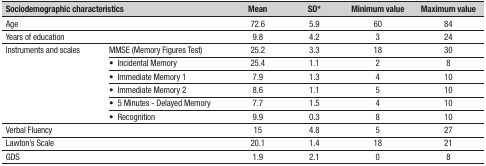
<table><thead><tr><td colspan="2"><b>Sociodemographic characteristics</b></td><td><b>Mean</b></td><td><b>SD*</b></td><td><b>Minimum value</b></td><td><b>Maximum value</b></td></tr></thead><tbody><tr><td>Age</td><td> </td><td>72.6</td><td>5.9</td><td>60</td><td>84</td></tr><tr><td>Years of education</td><td> </td><td>9.8</td><td>4.2</td><td>3</td><td>24</td></tr><tr><td rowspan="6">Instruments and scales</td><td>MMSE (Memory Figures Test)</td><td>25.2</td><td>3.3</td><td>18</td><td>30</td></tr><tr><td>• Incidental Memory</td><td>25.4</td><td>1.1</td><td>2</td><td>8</td></tr><tr><td>• Immediate Memory 1</td><td>7.9</td><td>1.3</td><td>4</td><td>10</td></tr><tr><td>• Immediate Memory 2</td><td>8.6</td><td>1.1</td><td>5</td><td>10</td></tr><tr><td>• 5 Minutes - Delayed Memory</td><td>7.7</td><td>1.5</td><td>4</td><td>10</td></tr><tr><td>• Recognition</td><td>9.9</td><td>0.3</td><td>8</td><td>10</td></tr><tr><td>Verbal Fluency</td><td> </td><td>15</td><td>4.8</td><td>5</td><td>27</td></tr><tr><td>Lawton’s Scale</td><td> </td><td>20.1</td><td>1.4</td><td>18</td><td>21</td></tr><tr><td>GDS</td><td> </td><td>1.9</td><td>2.1</td><td>0</td><td>8</td></tr></tbody></table>